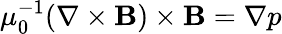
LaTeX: \mu_{0}^{-1}(\nabla\times\mathbf{B})\times\mathbf{B}=\nabla p